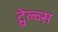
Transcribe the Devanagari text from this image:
ट्वेल्व्स